Annual report of the Punjab Veterinary College and of the Civil Veterinary Department, Punjab - 1894-1908
Year: 1894
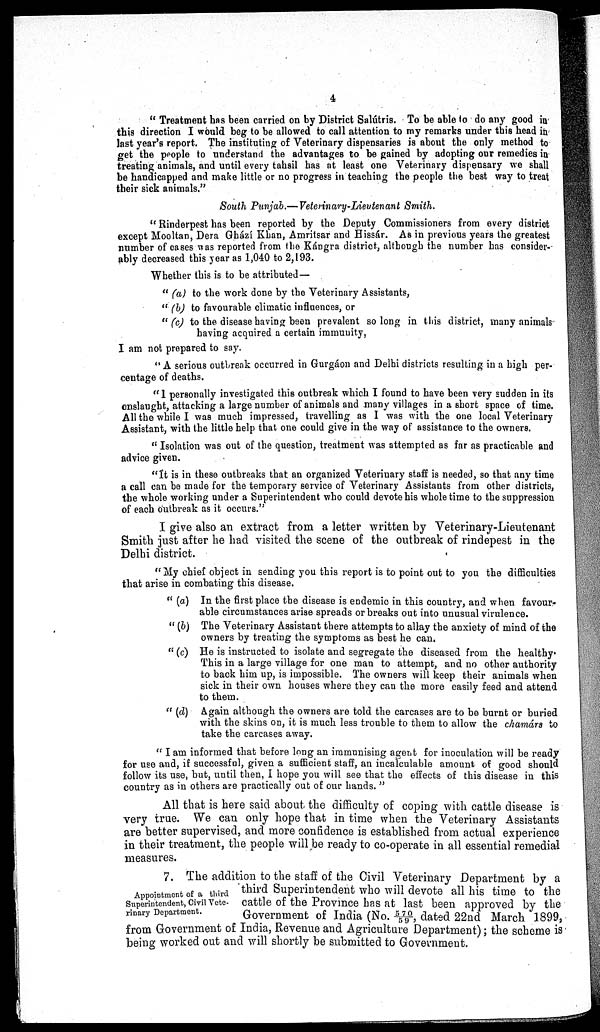
4
" Treatment has been carried on by District Salútris. To be able to do any good in
this direction I would beg to be allowed to call attention to my remarks under this head in
last year's report. The instituting of Veterinary dispensaries is about the only method to
get the people to understand the advantages to be gained by adopting our remedies in
treating animals, and until every tahsil has at least one Veterinary dispensary we shall
be handicapped and make little or no progress in teaching the people the best way to treat
their sick animals."
South Punjab.—Veterinary-Lieutenant
Smith.
"Rinderpest has been reported by the Deputy Commissioners from every district
except Mooltan, Dera Ghází Khan, Amritsar and Hissár. As in previous years the greatest
number of cases was reported from the Kángra district, although the number has consider-
ably decreased this year as 1,040 to 2,193.
Whether this is to be attributed —
"(a) to the work done by the Veterinary Assistants,
" (b) to favourable climatic influences, or
"(c) to the disease having been prevalent so long in this district, many animals
having acquired a certain immunity,
I am not prepared to say.
"A serious outbreak occurred in Gurgáon and Delhi districts resulting in a high per-
centage of deaths.
"I personally investigated this outbreak which I found to have been very sudden in its
onslaught, attacking a large number of animals and many villages in a short space of time.
All the while I was much impressed, travelling as I was with the one local Veterinary
Assistant, with the little help that one could give in the way of assistance to the owners.
" Isolation was out of the question, treatment was attempted as far as practicable and
advice given.
"It is in these outbreaks that an organized Veteriuary staff is needed, so that any time
a call can be made for the temporary service of Veterinary Assistants from other districts,
the whole working under a Superintendent who could devote his whole time to the suppression
of each outbreak as it occurs."
I give also an extract from a letter written by Veterinary-Lieutenant
Smith just after he had visited the scene of the outbreak of rindepest in the
Delhi district.
"My chief object in sending you this report is to point out to you the difficulties
that arise in combating this disease.
" (a) In the first place the disease is endemic in this country, and when favour-
able circumstances arise spreads or breaks out into unusual virulence.
" (b) The Veterinary Assistant there attempts to allay the anxiety of mind of the
owners by treating the symptoms as best he can.
" (c) He is instructed to isolate and segregate the diseased from the healthy
This in a large village for one man to attempt, and no other authority
to back him up, is impossible. The owners will keep their animals when
sick in their own houses where they can the more easily feed and attend
to them.
" (d) Again although the owners are told the carcases are to be burnt or buried
with the skins on, it is much less trouble to them to allow the chamárs to
take the carcases away.
" I am informed that before long an immunising agent for inoculation will be ready
for use and, if successful, given a sufficient staff, an incalculable amount of good should
follow its use, but, until then, I hope you will see that the effects of this disease in this
country as in others are practically out of our hands."
All that is here said about the difficulty of coping with cattle disease is
very true. We can only hope that in time when the Veterinary Assistants
are better supervised, and more confidence is established from actual experience
in their treatment, the people will be ready to co-operate in all essential remedial
measures.
Appointment of a third
Superintendent, Civil Vete-
rinary Department.
7. The addition to the staff of the Civil Veterinary Department by a
third Superintendent who will devote all his time to the
cattle of the Province has at last been approved by the
Government of India (No. 570/59, dated 22nd March 1899,
from Government of India, Revenue and Agriculture Department); the scheme is
being worked out and will shortly be submitted to Government.